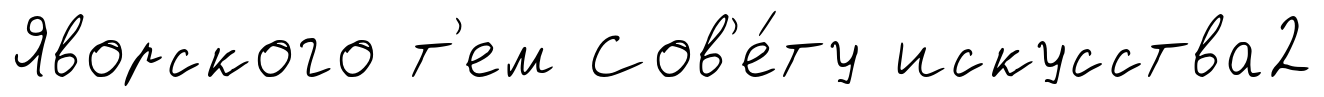
Яворского т'ем Сов'е́ту искусства2